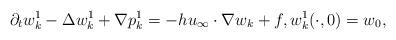
LaTeX: \begin{align*}\partial_tw_k^1-\Delta w_k^1+\nabla p_k^1=-hu_\infty\cdot\nabla w_k+f, w_k^1(\cdot,0)=w_0,\end{align*}